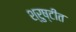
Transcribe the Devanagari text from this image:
श्रुष्टीत